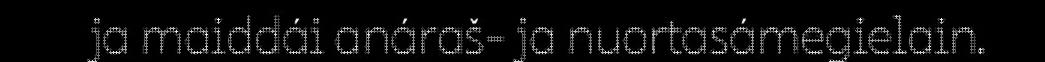
ja maiddái anáraš- ja nuortasámegielain.